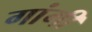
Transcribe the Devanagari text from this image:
गांगी